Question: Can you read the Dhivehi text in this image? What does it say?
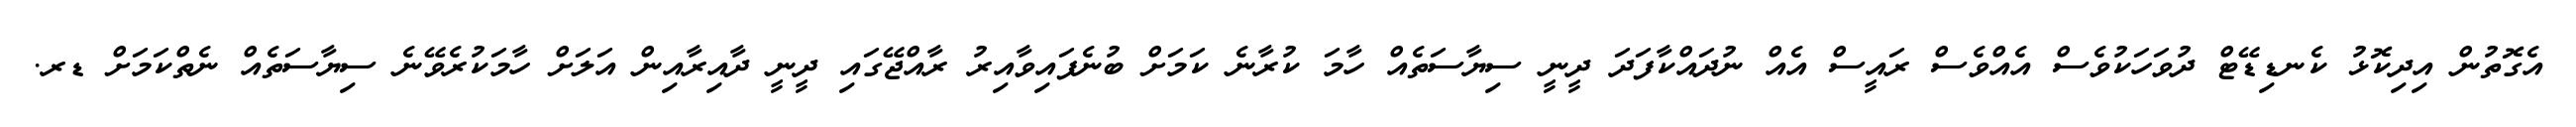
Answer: އެގޮތުން އިދިކޮޅު ކެނޑިޑޭޓް ދުވަހަކުވެސް އެއްވެސް ރައީސް އެއް ނުދައްކާފަދަ ދީނީ ސިޔާސަތެއް ހާމަ ކުރާނެ ކަމަށް ބުނެފައިވާއިރު ރާއްޖޭގައި ދީނީ ދާއިރާއިން އަލަށް ހާމަކުރެވޭނެ ސިޔާސަތެއް ނެތްކަމަށް ޑރ.